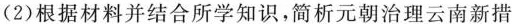
(2)根据材料并结合所学知识，简析元朝治理云南新措